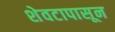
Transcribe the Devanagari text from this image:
शेवटापासून